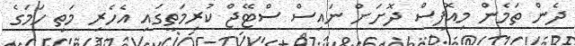
ދެން ތަމެން މިއޮފީސް ދޮށަށް ނައިސް ސްޓޭޖް ކުރިމަތީގަައި އެހެރި މަތި ހަމަގެ